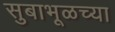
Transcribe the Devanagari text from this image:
सुबाभूळच्या